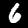
Label: 6